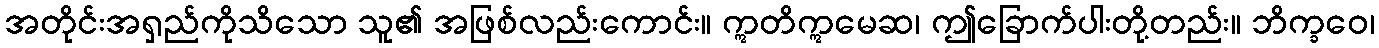
အတိုင်းအရှည်ကိုသိသော သူ၏ အဖြစ်လည်းကောင်း။ ဣတိဣမေဆ၊ ဤခြောက်ပါးတို့တည်း။ ဘိက္ခဝေ၊